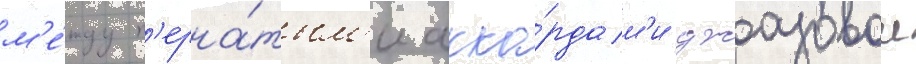
м'е́жду п'ерна́тым'и акко́рдам'и джазовои